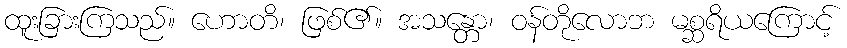
ထူးခြားကြသည်။ ဟောတိ၊ ဖြစ်၏။ အသန္တော၊ ဝန်တိုလောဘ မစ္ဆရိယကြောင့်